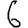
Digit: 6